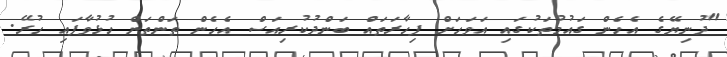
"ދުނިޔޭގެ އެހެން ގައުމުތަކުގައި އަވަހަށް ފިހާރަތައް ބަންދުކުރިއަސް އެހެން ތަންތަން ހުޅުވާފައި ހުރޭ.